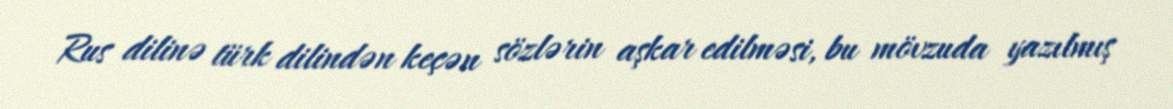
Rus dilinə türk dilindən keçən sözlərin aşkar edilməsi, bu mövzuda yazılmış